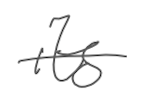
Text: its
Cross-out: single-line
Writing tool: digital_gray